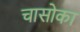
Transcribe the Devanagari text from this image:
चासोका